Report on sanitation, dispensaries, and jails in Rajputana for 1921, and on vaccination for the year 1921-1922 - 1921-1922
Year: 1921
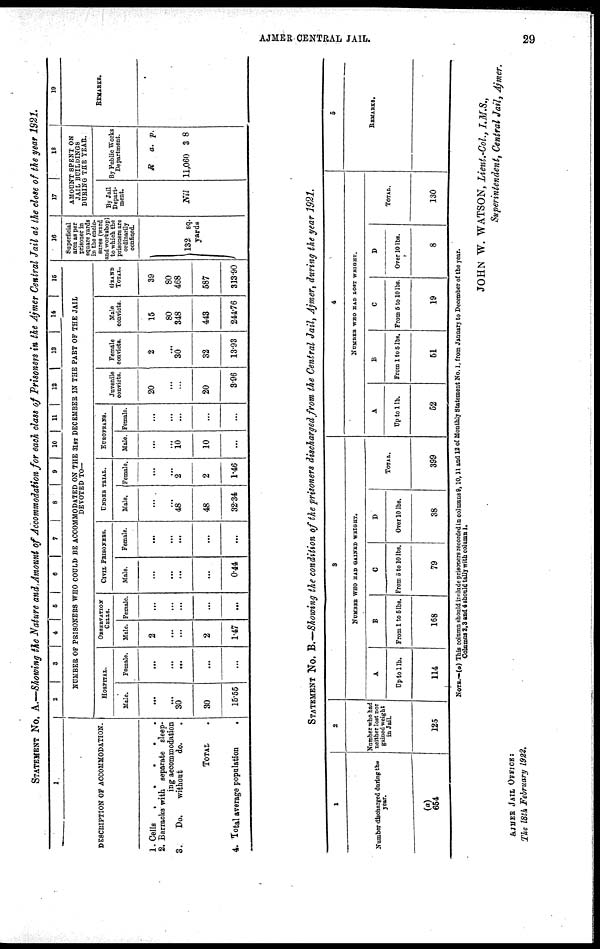
AJMER CENTRAL JAIL.
29
STATEMENT No. A.—Showing the Nature and, Amount of Accommodation for each class of Prisoners in the Ajmer Central Jail at the close of the year 1921.
1.
DESCRIPTION OF ACCOMMODATION.
1. Cells
2. Barracks with separate sleep¬
ing accommodation
3.
Do.
without
do..
TOTAL.
4. Total average population.
2
3
4
5 6
7
8
9 10 11 12 13
14
15
NUMBER OF PRISONERS WHO COULD BE ACCOMMODATED ON THE 31ST DECEMBER IN THE PART OF THE JAIL
DEVOTED TO—
HOSPITAL.
Male.
...
...
30
30
15.55
female.
...
...
...
...
...
OBSERVATION
CELLS.
Male.
2
...
...
2
1.47
Female.
...
...
...
...
...
CIVIL PRISONERS.
Male.
...
...
...
...
0.44
Female.
...
...
...
...
...
UNDER TRIAL.
Male.
...
...
48
48
32.34
Female.
...
...
2
2
1.46
EUROPEANS.
Male.
...
...
10
10
...
Female.
...
...
...
...
...
Juvenile
convicts.
20
...
...
20
3.96
Female
convicts.
2
...
30
32
13.93
Male
convicts.
15
80
348
443
244.76
GRAND
TOTAL.
39
80
468
587
313.90
16
Superficial
area as per
prisoner in
square yards
in the enclo-
sures (ward
and workshop)
to which the
prisoners are
ordinarily
confined.
132 sq.
yards
17
18
AMOUNT SPENT ON
JAIL BUILDINGS
DURING THE YEAR.
By Jail
Depart-
ment.
Nil
By Public Works
Department.
R
11,060
a.
3
p.
8
19
REMARKS.
STATEMENT No. B.—Showing the condition of the prisoners discharged from the Central Jail, Ajmer, during the year 1921.
1
Number discharged during the
year.
(a)
654
2
Number who had
neither lost nor
gained weight
in Jail.
125
3
NUMBER WHO HAD GAINED WHIGHT.
A
Up to 1 lb.
114
B
From 1 to 6 lbs.
168
C
From 5 to 10 lbs.
79
D
Over 10 lbs.
38
TOTAL.
399
4
NUMBER WHO HAD LOST WEIGHT.
A
Up to 1 lb.
52
B
From 1 to 5 lbs.
51
C
From 5 to 10 lbs.
19
D
Over 10 lbs.
8
TOTAL.
130
5
REMARKS.
NOTE.—(a) This column should include prisoners recorded in columns 9,10,11 and 12 of Monthly Statement No. 1, from January to December of the year.
Columns 2,3 and 4 should tally with column 1.
JOHN W. WATSON, Lieut.-Col., I.M.S.,
Superintendent, Central Jail, Ajmer.
AJMER JAIL OFFICE:
The 18th February 1922.